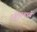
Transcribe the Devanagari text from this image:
१४९३मध्ये